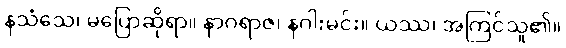
နသံသေ၊ မပြောဆိုရာ။ နာဂရာဇ၊ နဂါးမင်း။ ယဿ၊ အကြင်သူ၏။